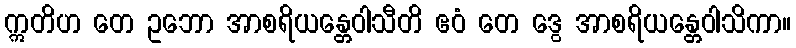
ဣတိဟ တေ ဥဘော အာစရိယန္တေဝါသီတိ ဧဝံ တေ ဒွေ အာစရိယန္တေဝါသိကာ။